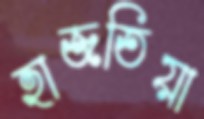
হাজতিয়া